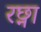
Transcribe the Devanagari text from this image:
रछ्ना